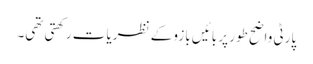
پارٹی واضح طور پر بائیں بازو کے نظریات رکھتی تھی۔